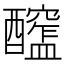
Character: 𨣮